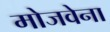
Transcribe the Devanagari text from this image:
मोजवेना